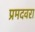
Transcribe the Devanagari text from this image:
प्रमदवरा